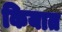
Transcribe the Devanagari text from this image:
कियात